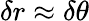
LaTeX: \delta r\approx\delta\theta